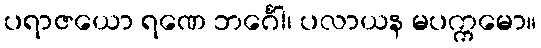
ပရာဇယော ရဏေ ဘင်္ဂေါ၊ ပလာယန မပက္ကမော။